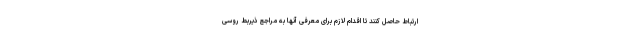
ارتباط حاصل کنند تا اقدام لازم برای معرفی آنها به مراجع ذیربط روسی